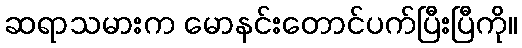
ဆရာသမားက မောနင်းတောင်ပက်ပြီးပြီကို။